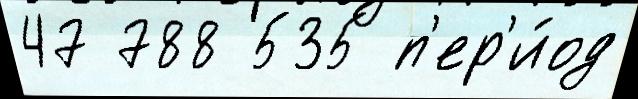
47 788 535 п'ер'и́од